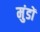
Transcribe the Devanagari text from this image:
मुंडों